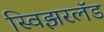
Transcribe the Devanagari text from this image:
स्विझरलॅड